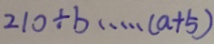
2 1 0 \div b \cdots ( a + 5 )